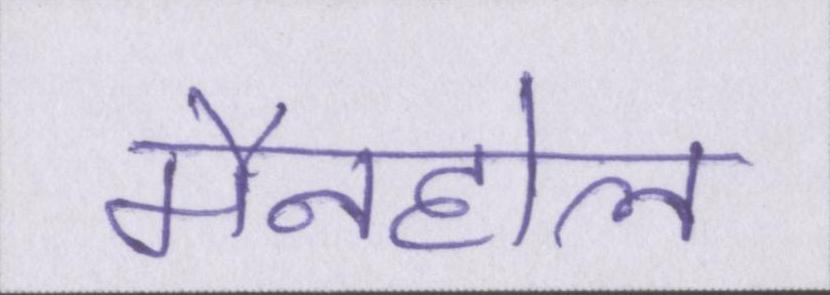
मैनहोल